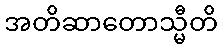
အတိဆာတောသ္မီတိ